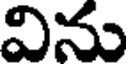
విను